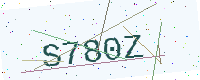
Text: S780Z